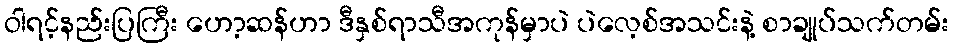
ဝါရင့်နည်းပြကြီး ဟော့ဆန်ဟာ ဒီနှစ်ရာသီအကုန်မှာပဲ ပဲလေ့စ်အသင်းနဲ့ စာချုပ်သက်တမ်း